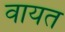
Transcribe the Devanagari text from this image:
वायत